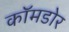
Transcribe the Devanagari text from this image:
कॉमडोर